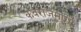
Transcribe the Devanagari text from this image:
कवराजमार्ग